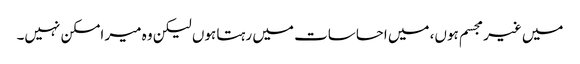
میں غیر مجسم ہوں، میں احساسات میں رہتا ہوں لیکن وہ میر امسکن نہیں۔